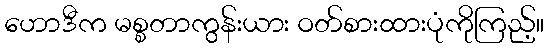
ဟောဒီက မစ္စတာကွန်းယား ဝတ်စားထားပုံကိုကြည့်။